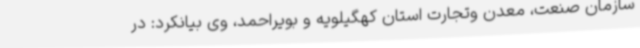
سازمان صنعت، معدن وتجارت استان کهگیلویه و بویراحمد، وی بیانکرد: در